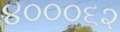
૪૦૦૦૬૨